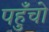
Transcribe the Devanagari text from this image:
पहुँचो